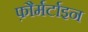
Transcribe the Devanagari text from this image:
फ़ौर्मर्टाइन